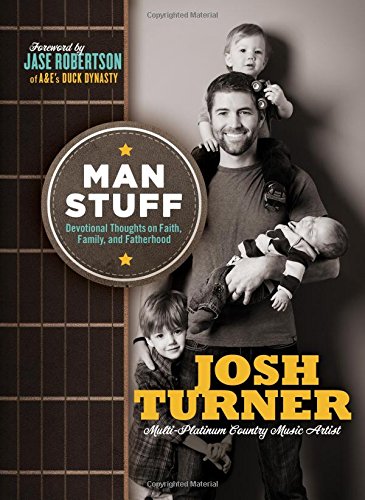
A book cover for Man Stuff: Thoughts on Faith, Family, and Fatherhood; Josh Turner; Parenting & Relationships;